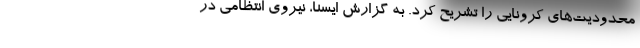
محدودیت‌های کرونایی را تشریح کرد. به گزارش ایسنا، نیروی انتظامی در